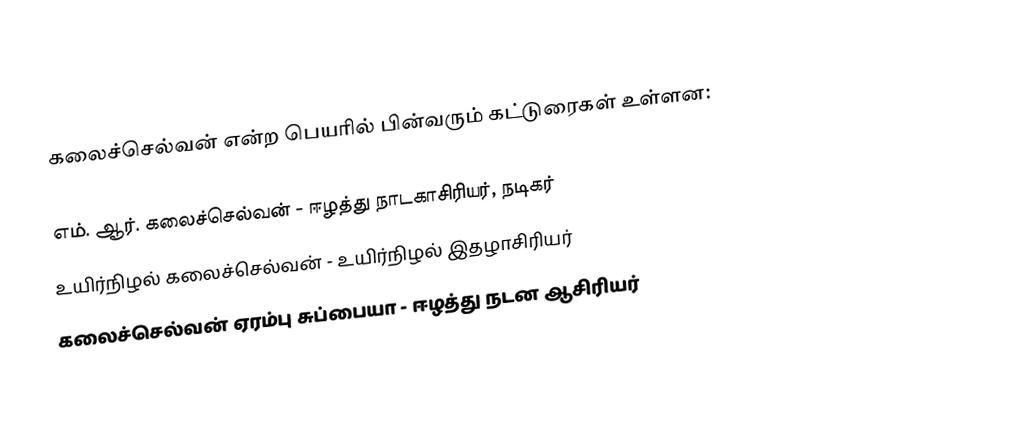
கலைச்செல்வன் என்ற பெயரில் பின்வரும் கட்டுரைகள் உள்ளன:

 எம். ஆர். கலைச்செல்வன் -  ஈழத்து நாடகாசிரியர், நடிகர்
 உயிர்நிழல் கலைச்செல்வன் - உயிர்நிழல் இதழாசிரியர்
 கலைச்செல்வன் ஏரம்பு சுப்பையா - ஈழத்து நடன ஆசிரியர்